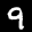
Label: 9